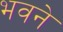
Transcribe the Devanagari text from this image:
भवने